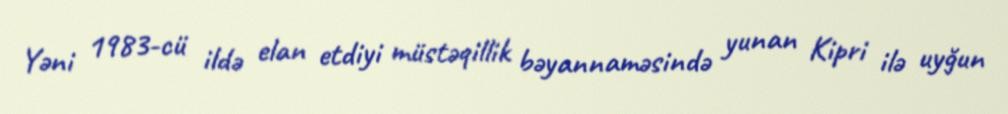
Yəni 1983-cü ildə elan etdiyi müstəqillik bəyannaməsində yunan Kipri ilə uyğun